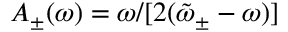
A _ { \pm } ( \omega ) = \omega / [ 2 ( \tilde { \omega } _ { \pm } - \omega ) ]